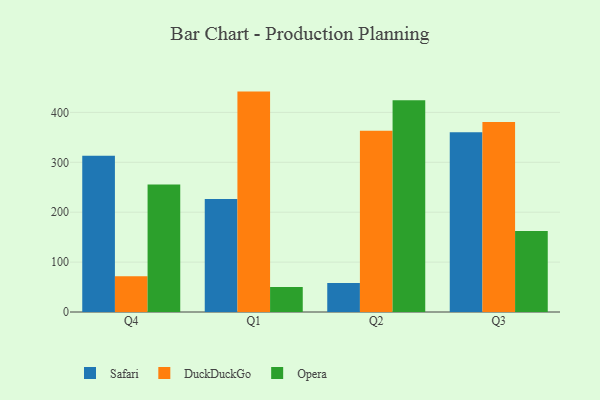
{"axis": {"x": "Quarter", "y": "Churn Rate (%)"}, "legend": ["DuckDuckGo", "Opera", "Safari"], "data": [{"x": "Q4", "y": 313.2, "type": "Safari"}, {"x": "Q4", "y": 71.7, "type": "DuckDuckGo"}, {"x": "Q4", "y": 255.5, "type": "Opera"}, {"x": "Q1", "y": 226.7, "type": "Safari"}, {"x": "Q1", "y": 441.7, "type": "DuckDuckGo"}, {"x": "Q1", "y": 50.0, "type": "Opera"}, {"x": "Q2", "y": 58.3, "type": "Safari"}, {"x": "Q2", "y": 363.0, "type": "DuckDuckGo"}, {"x": "Q2", "y": 424.4, "type": "Opera"}, {"x": "Q3", "y": 360.4, "type": "Safari"}, {"x": "Q3", "y": 380.6, "type": "DuckDuckGo"}, {"x": "Q3", "y": 162.2, "type": "Opera"}]}